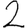
Digit: 2